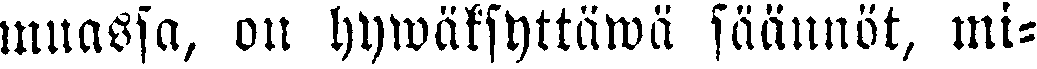
muassa, on hywäksyttäwä säännöt, mi-